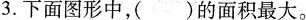
3.下面图形中，()的面积最大。